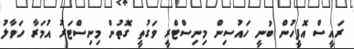
ރައީސް އޮފީހުން ބުނީ ހައުސިން މިނިސްޓްރީ ވަގުތީ ގޮތުން މިނިސްޓަރު އުމަރާ ހަވާލު